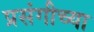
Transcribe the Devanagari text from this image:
प्रसंगीच्या